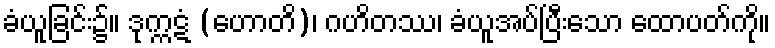
ခံယူခြင်း၌။ ဒုက္ကဋံ (ဟောတိ)၊ ဂဟိတဿ၊ ခံယူအပ်ပြီးသော ထောပတ်ကို။